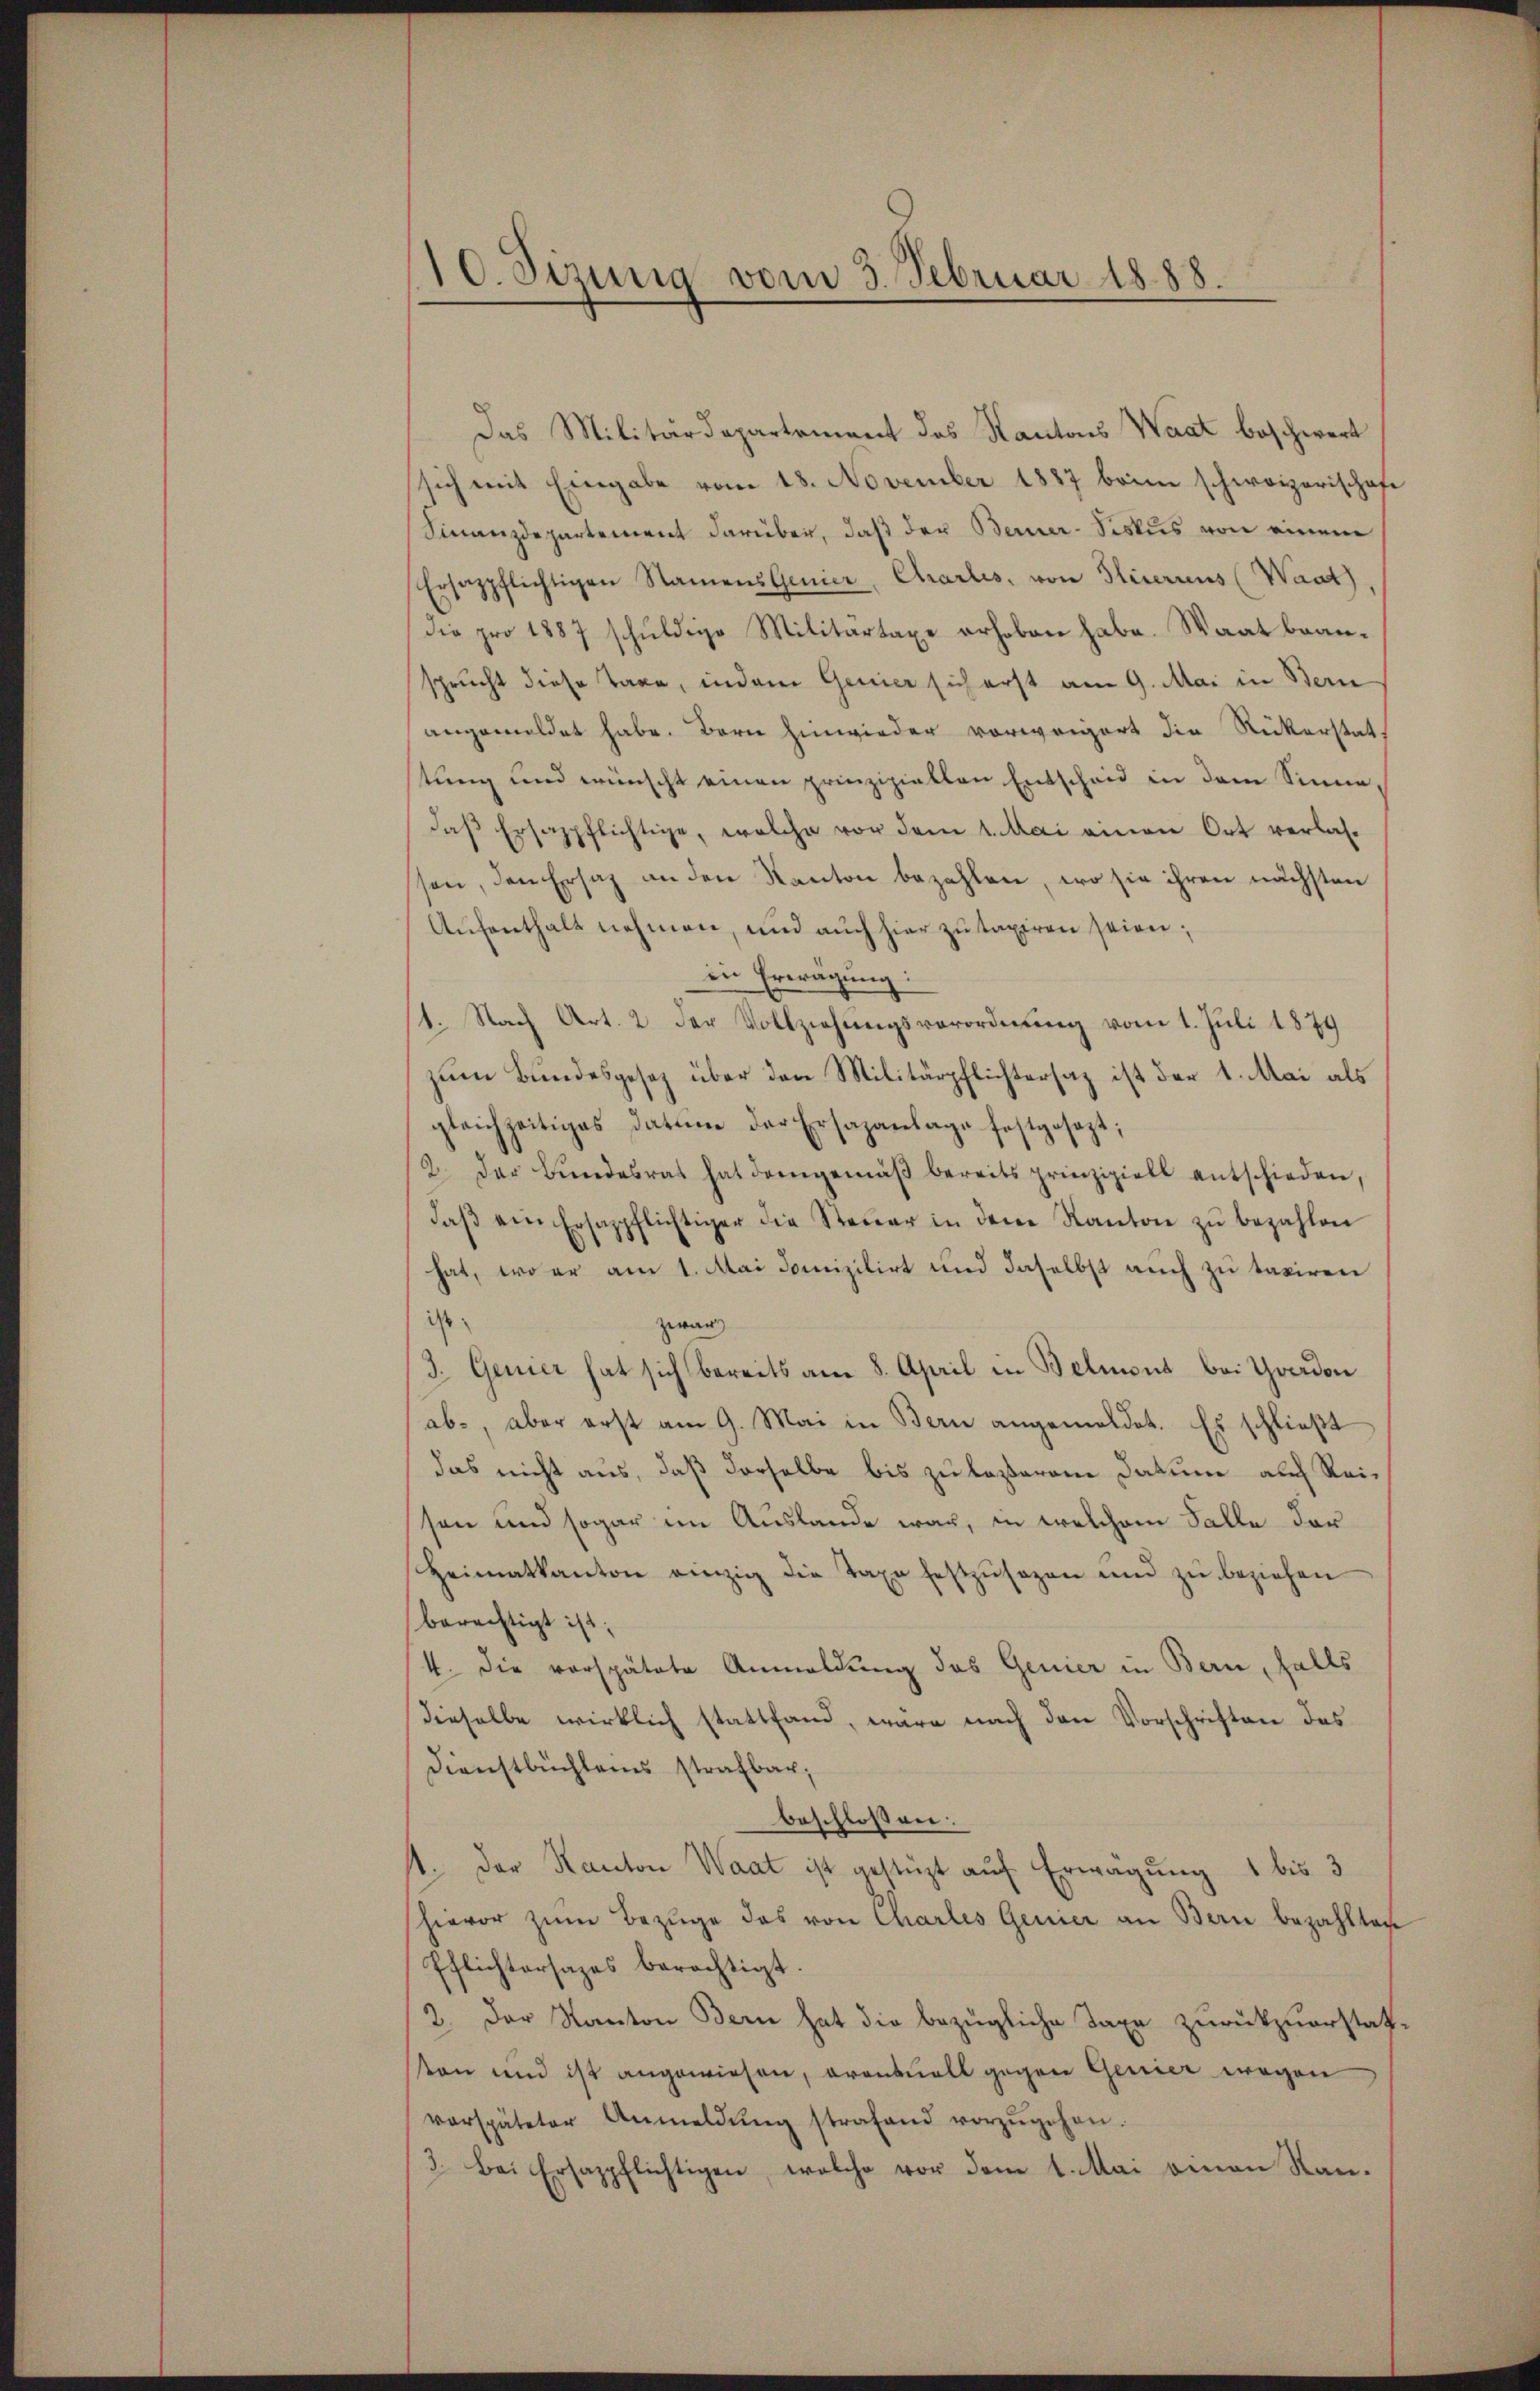
10. Sizung vom 3. Februar 1888.

Das Militärdepartement des Kantons Waat beschwert
sich mit Eingabe vom 18. November 1887 beim schweizerischofe
Finanzdepartement darüber, daß der Berner-Siskus von einem
Ersazpflichtigen Namens Genier, Charlis, von Gliterius (Waat),
die pro 1887 schuldige Militärtaxe erhoben habe. Waat beansprucht diese Taxe, indem Genier sich erst am 9. Mai in Bern
angemeldet habe. Bern hinwieder vorweigert die Rickerstatstung und wünscht einen prinzipiellen Entscheid in dem Sinne,
daß Ersazpflichtige, welche vor dem 1. Mai einen Ort verlas-
ssen, den Ersatz an den Kanton bezahlen, wo sie ihren nächsten
Aŭfenthalt nehmen, und aŭch hier zŭ taxiren seien;
in Erwägung:
/1. Nach Art. 2 der Vollziehungsverordnung vom 1. Juli 1879
zum Bundesgesetz über den Militärpflichtersaz ist der 1. Mai als
gleichzeitiges Datum der Ersazanlage festgesezt;
2. Der Bŭndesrat hat demgemäβ bereits prinzipiell entschieden,
daβ ein Ersappflichtiger die Steŭer in dem Kanton zŭ bezahlen
hat, wo er am 1. Mai domizilirt und daselbst auch zu taxiren
ist;
zwar
3. Genier hat sich bereits am 8. April in Belmont bei Graden
ab, aber erst am 9. Mai in Bern angemeldet. Es schlieβt
das nicht aus, daß derselbe bis zu lasserem Datum auf Reisen und sogar im Auslande war, in welchem Falle der
Heimatkanton einzig die Taxe festzŭsezen und zŭ beziehen
berechtigt ist;
/4. die verspätete Anmeldung des Genier in Bern, falls
Dieselbe wirklich stattfand, wäre nach den Vorschriften des
Dienstbüchleins strafbar;
beschlossen:
st. Der Kanton Waat ist gestüzt auf Erwägung 1 bis 3
hievor zŭm Bezüge das von Charles Genier an Bern bezahlten
Pflichtersages berechtigt.
2. Der Kanton Bern hat die bezügliche Taxe zurückzuerstattston und ist angewiesen, orantuell gegen Genier wegen
verspäteter Anmeldŭng strafand vorzŭgehen.
3. Bei Ersazpflichtigen, welche vor dem 1. Mai man Kan-